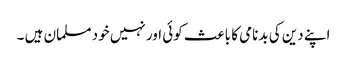
اپنے دین کی بدنامی کا باعث کوئی اور نہیں خود مسلمان ہیں ۔